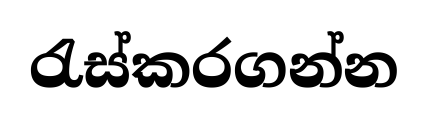
රැස්කරගන්න